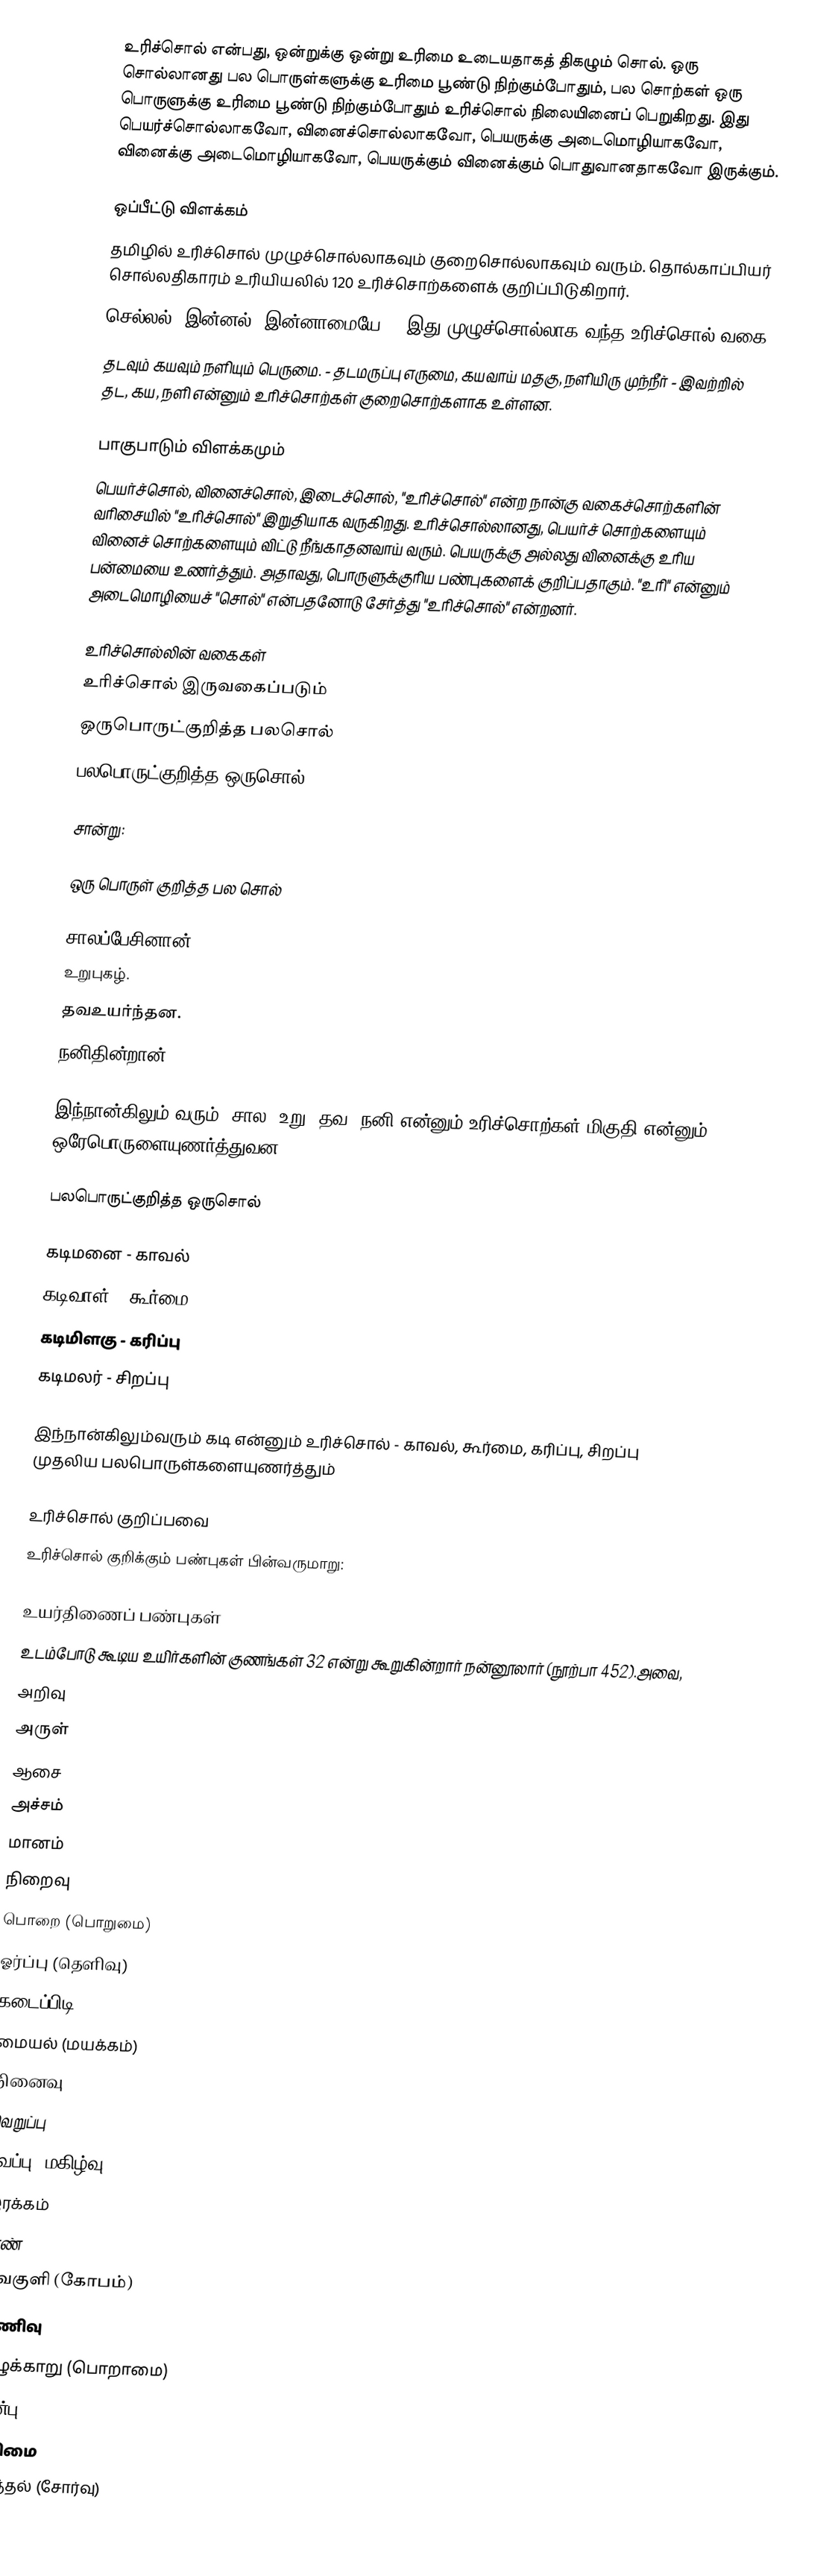
உரிச்சொல் என்பது, ஒன்றுக்கு ஒன்று உரிமை உடையதாகத் திகழும் சொல். ஒரு சொல்லானது பல பொருள்களுக்கு உரிமை பூண்டு நிற்கும்போதும், பல சொற்கள் ஒரு பொருளுக்கு உரிமை பூண்டு நிற்கும்போதும் உரிச்சொல் நிலையினைப் பெறுகிறது. இது பெயர்ச்சொல்லாகவோ, வினைச்சொல்லாகவோ, பெயருக்கு அடைமொழியாகவோ, வினைக்கு அடைமொழியாகவோ, பெயருக்கும் வினைக்கும் பொதுவானதாகவோ இருக்கும்.

ஒப்பீட்டு விளக்கம்
தமிழில் உரிச்சொல் முழுச்சொல்லாகவும் குறைசொல்லாகவும் வரும். தொல்காப்பியர் சொல்லதிகாரம் உரியியலில் 120 உரிச்சொற்களைக் குறிப்பிடுகிறார்.
 செல்லல், இன்னல், இன்னாமையே. - இது முழுச்சொல்லாக வந்த உரிச்சொல் வகை.
 தடவும் கயவும் நளியும் பெருமை. - தடமருப்பு எருமை, கயவாய் மதகு, நளியிரு முந்நீர் - இவற்றில் தட, கய, நளி என்னும் உரிச்சொற்கள் குறைசொற்களாக உள்ளன.

பாகுபாடும் விளக்கமும்
பெயர்ச்சொல், வினைச்சொல், இடைச்சொல், "உரிச்சொல்" என்ற நான்கு வகைச்சொற்களின் வரிசையில் "உரிச்சொல்" இறுதியாக வருகிறது. உரிச்சொல்லானது, பெயர்ச் சொற்களையும் வினைச் சொற்களையும் விட்டு நீங்காதனவாய் வரும். பெயருக்கு அல்லது வினைக்கு உரிய பன்மையை உணர்த்தும். அதாவது, பொருளுக்குரிய பண்புகளைக் குறிப்பதாகும்.  "உரி" என்னும் அடைமொழியைச் "சொல்" என்பதனோடு சேர்த்து "உரிச்சொல்" என்றனர்.

உரிச்சொல்லின் வகைகள்
உரிச்சொல் இருவகைப்படும்
 ஒருபொருட்குறித்த பலசொல்
 பலபொருட்குறித்த ஒருசொல்

சான்று:

ஒரு பொருள் குறித்த பல சொல்

 சாலப்பேசினான்.
 உறுபுகழ்.
 தவஉயர்ந்தன.
 நனிதின்றான்.

இந்நான்கிலும் வரும், சால, உறு, தவ, நனி என்னும் உரிச்சொற்கள் மிகுதி என்னும் ஒரேபொருளையுணர்த்துவன.

பலபொருட்குறித்த ஒருசொல்

 கடிமனை - காவல்
 கடிவாள் - கூர்மை
 கடிமிளகு - கரிப்பு
 கடிமலர் - சிறப்பு

இந்நான்கிலும்வரும் கடி என்னும் உரிச்சொல் - காவல், கூர்மை, கரிப்பு, சிறப்பு முதலிய பலபொருள்களையுணர்த்தும்

உரிச்சொல் குறிப்பவை
உரிச்சொல் குறிக்கும் பண்புகள் பின்வருமாறு:

உயர்திணைப் பண்புகள்
உடம்போடு கூடிய உயிர்களின் குணங்கள் 32 என்று கூறுகின்றார் நன்னூலார் (நூற்பா 452).அவை,
 அறிவு
 அருள்
 ஆசை
 அச்சம்
 மானம்
 நிறைவு
 பொறை (பொறுமை)
 ஓர்ப்பு (தெளிவு)
 கடைப்பிடி
 மையல் (மயக்கம்)
 நினைவு
 வெறுப்பு
 உவப்பு (மகிழ்வு)
 இரக்கம்
 நாண்
 வெகுளி (கோபம்)
 துணிவு
 அழுக்காறு (பொறாமை)
 அன்பு
 எளிமை
 எய்த்தல் (சோர்வு)